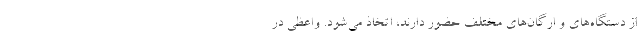
از دستگاه‌های و ارگان‌های مختلف حضور دارند، اتخاذ می‌شود. واعظی در